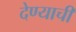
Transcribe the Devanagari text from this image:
देण्‍याची